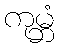
ကုမ္ဘံ